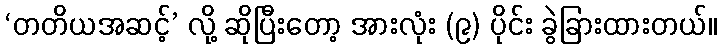
‘တတိယအဆင့်’ လို့ ဆိုပြီးတော့ အားလုံး (၉) ပိုင်း ခွဲခြားထားတယ်။